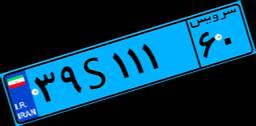
۱۱S۹۱۹۵۲